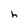
Character: h